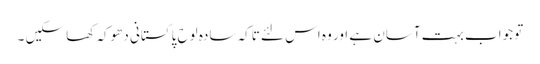
تو جواب بہت آسان ہے اور وہ اس لئے تاکہ سادہ لوح پاکستانی دھوکہ کھا سکیں ۔